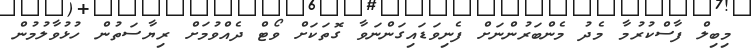
މިބިލް ފާސްކުރުމާ މެދު މެންބަރުންނަށް ފެނިވަޑައިގަންނަވާ ގޮތަކަށް ވޯޓް ދެއްވުމަށް ރިޔާސަތުން ހުޅުވާލުމުން